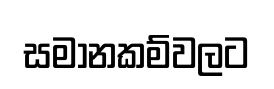
සමානකම්වලට